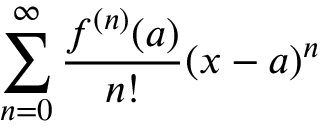
\sum _ { n = 0 } ^ { \infty } { \frac { f ^ { ( n ) } ( a ) } { n ! } } ( x - a ) ^ { n }